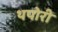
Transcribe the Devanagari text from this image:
थपोरी